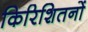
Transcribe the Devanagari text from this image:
किरिशितनों